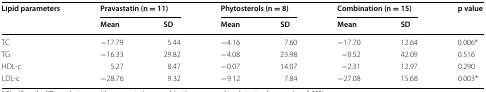
<table><thead><tr><td rowspan="2"><b>Lipid parameters</b></td><td colspan="2"><b>Pravastatin (n = 11)</b></td><td colspan="2"><b>Phytosterols (n = 8)</b></td><td colspan="2"><b>Combination (n = 15)</b></td><td rowspan="2"><b>p value</b></td></tr><tr><td><b>Mean</b></td><td><b>SD</b></td><td><b>Mean</b></td><td><b>SD</b></td><td><b>Mean</b></td><td><b>SD</b></td></tr></thead><tbody><tr><td>TC</td><td>−17.79</td><td>5.44</td><td>−4.16</td><td>7.60</td><td>−17.70</td><td>12.64</td><td>0.006*</td></tr><tr><td>TG</td><td>−16.33</td><td>29.82</td><td>−4.08</td><td>23.98</td><td>−0.52</td><td>42.09</td><td>0.516</td></tr><tr><td>HDL-c</td><td>5.27</td><td>8.47</td><td>−0.07</td><td>14.07</td><td>−2.31</td><td>12.97</td><td>0.290</td></tr><tr><td>LDL-c</td><td>−28.76</td><td>9.32</td><td>−9.12</td><td>7.84</td><td>−27.08</td><td>15.68</td><td>0.003*</td></tr></tbody></table>